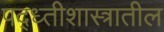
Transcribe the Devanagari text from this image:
पद्ध्तीशास्त्रातील